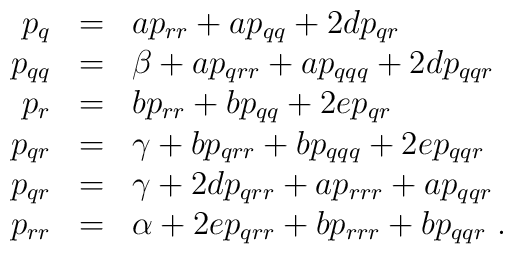
\begin{array}{rcl}  p_q &=& a p_{rr} + a p_{qq} + 2d  p_{qr}\\  p_{qq} &=& \beta + a p_{qrr} + a p_{qqq} + 2d p_{qqr}\\  p_r &=& b p_{rr} + b p_{qq} + 2ep_{qr}\\  p_{qr} &=& \gamma  + b p_{qrr} + b p_{qqq} + 2e p_{qqr}\\  p_{qr} &=& \gamma  + 2d p_{qrr} + a p_{rrr} + a p_{qqr}\\  p_{rr} &=& \alpha + 2e p_{qrr} + b p_{rrr} + b p_{qqr}\ .\end{array}